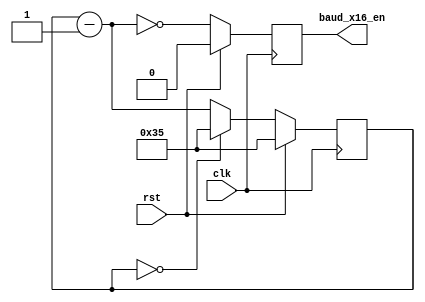
module uart_baud_gen (
  // Write side inputs
  input        clk,          // Clock input
  input        rst,          // Active HIGH reset - synchronous to clk
  output       baud_x16_en   // Oversampled Baud rate enable
);


//***************************************************************************
// Constant Functions
//***************************************************************************
  // Generate the ceiling of the log base 2 - i.e. the number of bits
  // required to hold N values. A vector of size clogb2(N) will hold the
  // values 0 to N-1
  function integer clogb2;
    input [31:0] value;
    reg   [31:0] my_value;
    begin
      my_value = value - 1;
      for (clogb2 = 0; my_value > 0; clogb2 = clogb2 + 1)
        my_value = my_value >> 1;
    end
  endfunction
  //
//***************************************************************************
// Parameter definitions
//***************************************************************************

  parameter BAUD_RATE    = 57_600;              // Baud rate
  parameter CLOCK_RATE   = 50_000_000;

  // The OVERSAMPLE_RATE is the BAUD_RATE times 16
  localparam OVERSAMPLE_RATE = BAUD_RATE * 16;

  // The divider is the CLOCK_RATE / OVERSAMPLE_RATE - rounded up
  // (so add 1/2 of the OVERSAMPLE_RATE before the integer division)
  localparam DIVIDER = (CLOCK_RATE+OVERSAMPLE_RATE/2) / OVERSAMPLE_RATE;

  // The value to reload the counter is DIVIDER-1;
  localparam OVERSAMPLE_VALUE = DIVIDER - 1;

  // The required width of the counter is the ceiling of the base 2 logarithm
  // of the DIVIDER
  localparam CNT_WID = clogb2(DIVIDER);


//***************************************************************************
// Reg declarations
//***************************************************************************

  reg [CNT_WID-1:0] internal_count;
  reg               baud_x16_en_reg;


//***************************************************************************
// Wire declarations
//***************************************************************************
  
  wire [CNT_WID-1:0] internal_count_m_1; // Count minus 1


//***************************************************************************
// Code
//***************************************************************************

  assign internal_count_m_1 = internal_count - 1'b1;

  // Count from DIVIDER-1 to 0, setting baud_x16_en_reg when internal_count=0.
  // The signal baud_x16_en_reg must come from a flop (since it is a module
  // output) so schedule it to be set when the next count is 1 (i.e. when
  // internal_count_m_1 is 0).
  always @(posedge clk)
  begin
    if (rst)
    begin
      internal_count  <= OVERSAMPLE_VALUE;
      baud_x16_en_reg <= 1'b0;
    end
    else
    begin
      // Assert baud_x16_en_reg in the next clock when internal_count will be
      // zero in that clock (thus when internal_count_m_1 is 0).
      baud_x16_en_reg   <= (internal_count_m_1 == {CNT_WID{1'b0}});

      // Count from OVERSAMPLE_VALUE down to 0 repeatedly
      if (internal_count == {CNT_WID{1'b0}}) 
      begin
        internal_count    <= OVERSAMPLE_VALUE;
      end
      else // internal_count is not 0
      begin
        internal_count    <= internal_count_m_1;
      end
    end // if rst
  end // always 

  assign baud_x16_en = baud_x16_en_reg;

endmodule